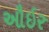
ઔઇર